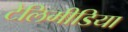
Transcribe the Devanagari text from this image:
टेलिमीडिया